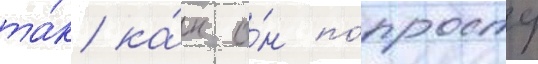
та́к ка́к о́н по́просту